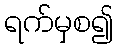
ရက်မှစ၍